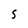
Character: S